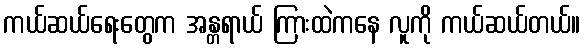
ကယ်ဆယ်ရေးတွေက အန္တရာယ် ကြားထဲကနေ လူကို ကယ်ဆယ်တယ်။